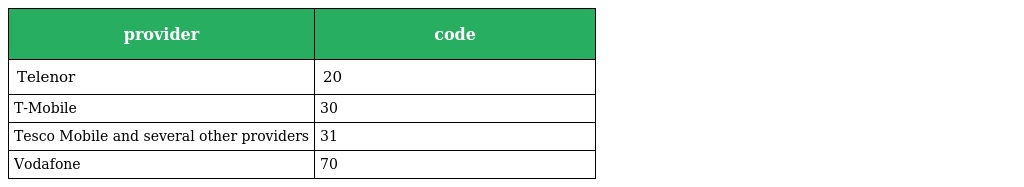
| provider | code |
 | --- | --- |
 | Telenor | 20 |
 | T-Mobile | 30 |
 | Tesco Mobile and several other providers | 31 |
 | Vodafone | 70 |